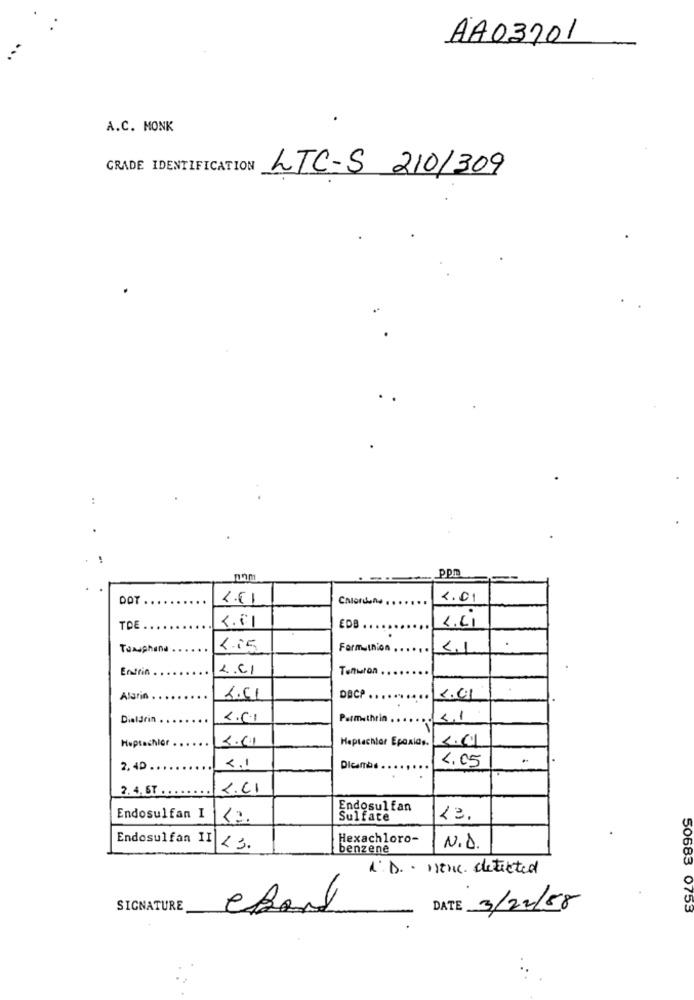
AA03701
A.C. MONK
GRADE IDENTIFICATION
LTC-S 210/309
:
ppm
DOT
2.51
4.01
4.01
4.41
EDB.
Toasphana
Formuunion.
41
Endrin
L.CI
Tenwron.
Alarin
6.61
DACP ..
5.01
Dialdrin
2.01
Permethrin .
4.1
Huptachlor
Heptachiar Epoxias.
<. I
4.05
2, 40
.
2.4. 6T . .
Endosul fan
Endosulfan I
Sulfate
13.
Hexachloro-
Endosulfan II <3.
benzene
N.D.
1. D .. menc. detected
SIGNATURE
DATE 3/22/88
50683 0753